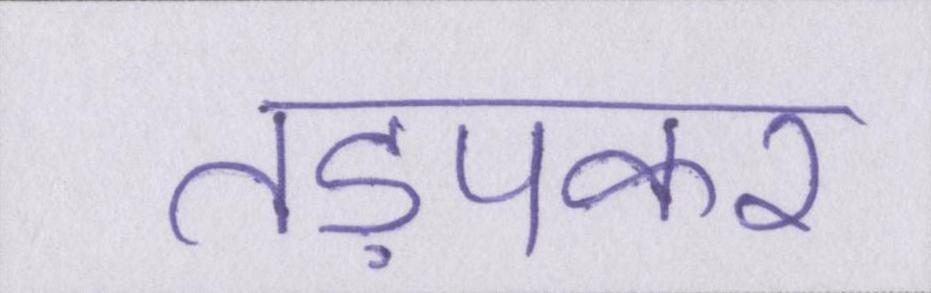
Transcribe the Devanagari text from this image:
तड़पकर